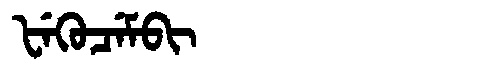
Manchu: ᡶᡝᡴᡠᠴᡝᠮᠪᡳ
Romanization: FEKUCEMBI